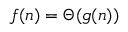
f ( n ) = \Theta ( g ( n ) )